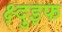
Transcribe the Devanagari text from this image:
क्ष्दुइफ